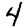
Digit: 4